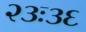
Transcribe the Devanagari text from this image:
२३ः३६